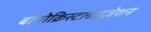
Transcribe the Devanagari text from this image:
बायोक्रिस्टलाइज़ेशन